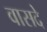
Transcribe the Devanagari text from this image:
वासदे